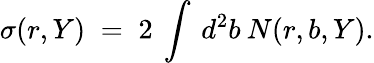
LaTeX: \sigma(r,Y)\; =\; 2\: \int\: d^{2}b\: N(r,b,Y).